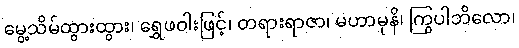
မွေ့သိမ်ထွားထွား၊ ရွှေဖဝါးဖြင့်၊ တရားရာဇာ၊ မဟာမုနိ၊ ကြွပါဘိလော၊